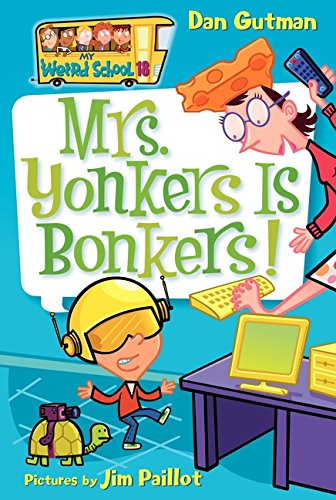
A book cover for My Weird School #18: Mrs. Yonkers Is Bonkers!; Dan Gutman; Children's Books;